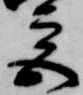
宮